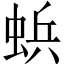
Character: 𮔐